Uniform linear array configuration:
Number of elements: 4
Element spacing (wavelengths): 0.5
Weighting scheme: cosine
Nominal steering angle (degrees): -30
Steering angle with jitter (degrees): -31.829
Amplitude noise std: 0.05
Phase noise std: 0.05

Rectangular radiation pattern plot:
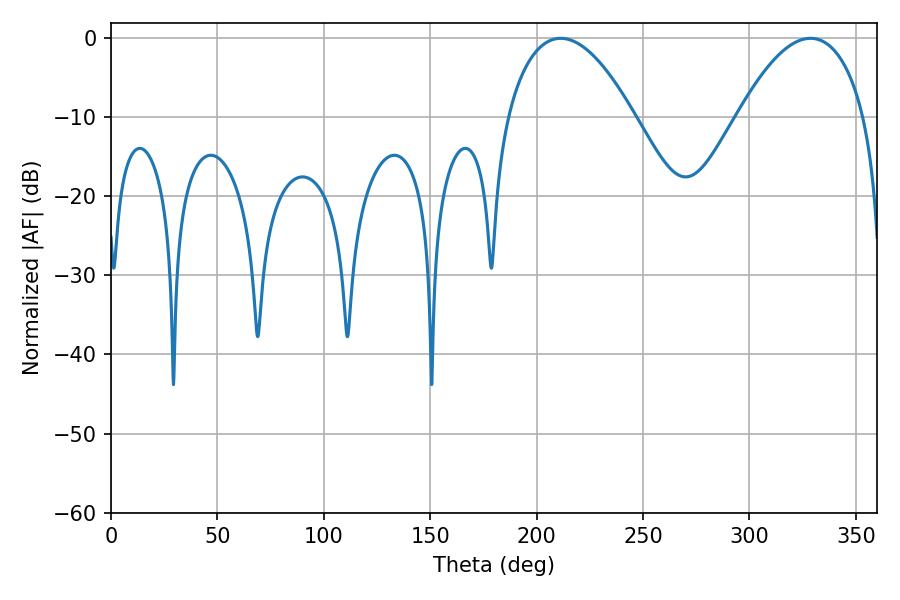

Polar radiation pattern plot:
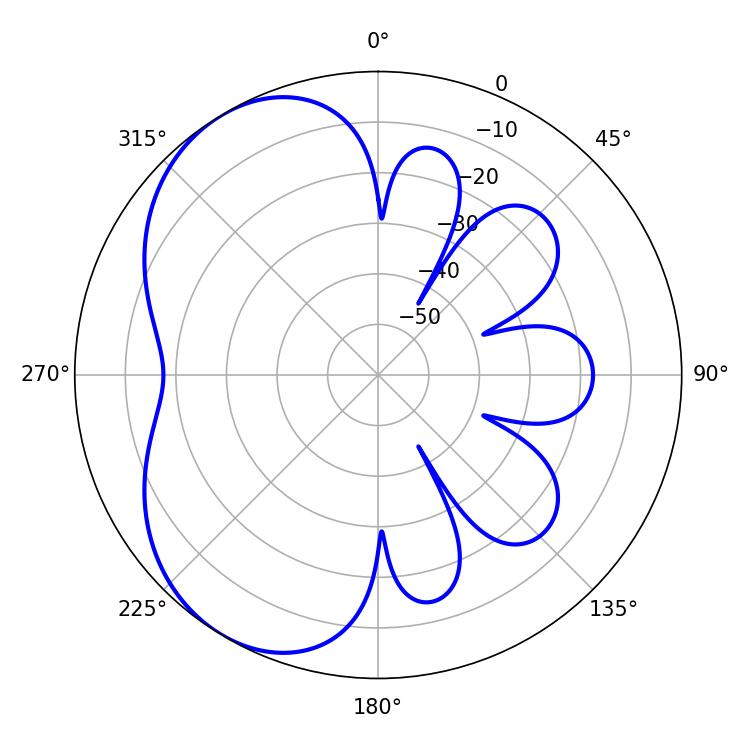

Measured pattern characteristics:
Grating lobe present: FALSE
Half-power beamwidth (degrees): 33.12
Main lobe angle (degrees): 211.32